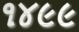
૧૪૯૯